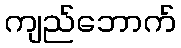
ကျည်ဘောက်